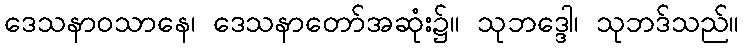
ဒေသနာဝသာနေ၊ ဒေသနာတော်အဆုံး၌။ သုဘဒ္ဒေါ၊ သုဘဒ်သည်။